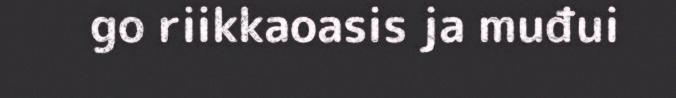
go riikkaoasis ja muđui